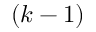
( k - 1 )